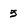
Character: 5